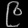
Digit: ၉